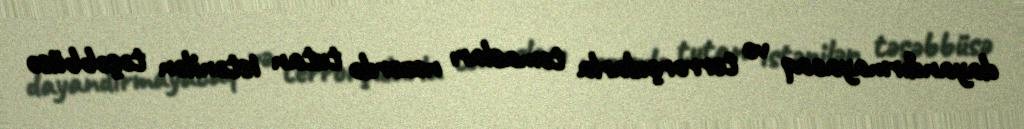
dayandırmayacaq və terrorçularla təmasları nəzərdə tutan istənilən təşəbbüsə